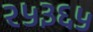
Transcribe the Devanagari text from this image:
२५३६५